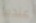
عندما